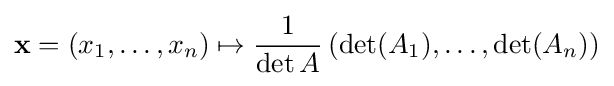
\mathbf {x} =(x_{1},\ldots ,x_{n})\mapsto {\frac {1}{\det A}}\left(\det(A_{1}),\ldots ,\det(A_{n})\right)